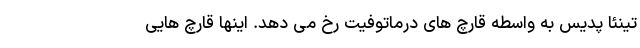
تینئا پدیس به واسطه قارچ های درماتوفیت رخ می دهد. اینها قارچ هایی